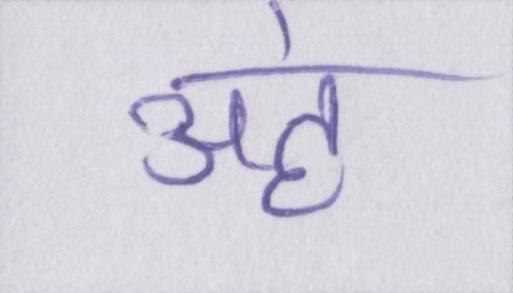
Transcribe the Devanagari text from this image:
अहं